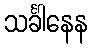
သင်္ခါနေန